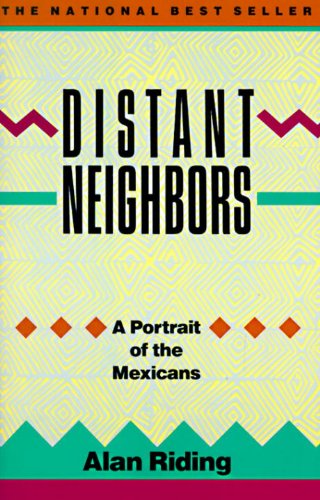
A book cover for Distant Neighbors: A Portrait of the Mexicans; Alan Riding; History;